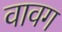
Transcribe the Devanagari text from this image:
वावग